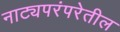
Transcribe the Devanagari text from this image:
नाट्यपरंपरेतील